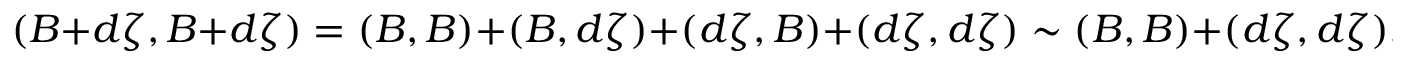
( B + d \zeta , B + d \zeta ) = ( B , B ) + ( B , d \zeta ) + ( d \zeta , B ) + ( d \zeta , d \zeta ) \sim ( B , B ) + ( d \zeta , d \zeta ) ,